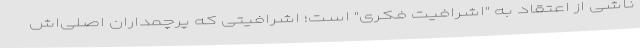
ناشی از اعتقاد به "اشرافیت فکری" است؛ اشرافیتی که پرچمداران اصلی‌اش